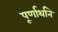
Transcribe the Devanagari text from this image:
पूर्णार्थाने